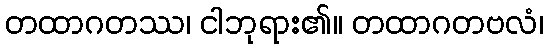
တထာဂတဿ၊ ငါဘုရား၏။ တထာဂတဗလံ၊